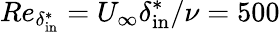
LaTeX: Re_{\delta_{\mathrm{in}}^{*}}=U_{\infty}\delta_{\mathrm{in}}^{*}/\nu=500